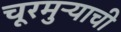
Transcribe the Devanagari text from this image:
चूरमुऱ्याची